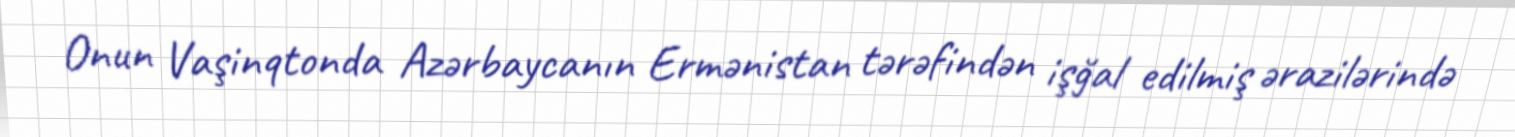
Onun Vaşinqtonda Azərbaycanın Ermənistan tərəfindən işğal edilmiş ərazilərində